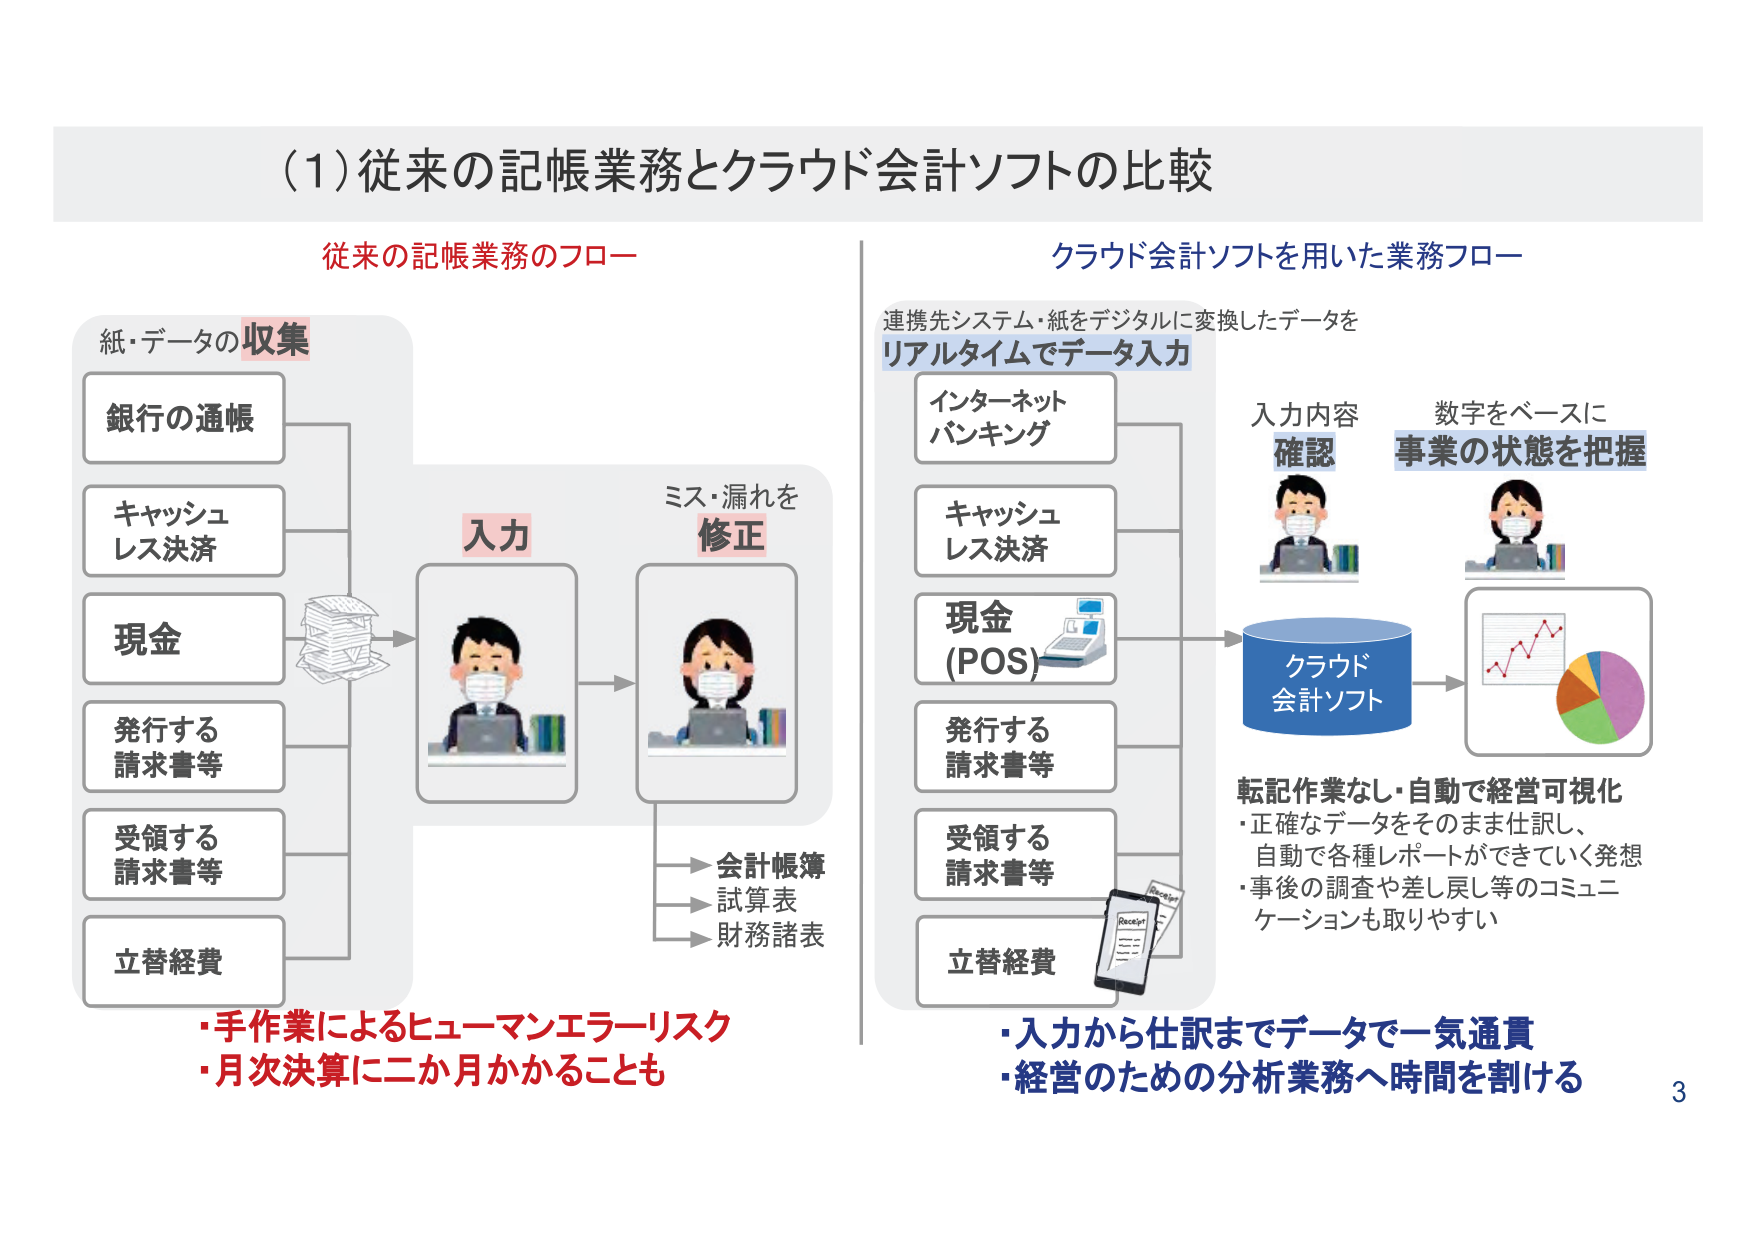
(1) 従来の記帳業務とクラウド会計ソフトの比較

従来の記帳業務のフロー

紙・データの収集
銀行の通帳
キャッシュレス決済
現金
発行する請求書等
受領する請求書等
立替経費

入力
ミス・漏れを修正

会計帳簿
試算表
財務諸表

・手作業によるヒューマンエラーリスク
・月次決算に二か月かかることも

クラウド会計ソフトを用いた業務フロー

連携先システム・紙をデジタルに変換したデータを
リアルタイムでデータ入力

インターネットバンキング
キャッシュレス決済
現金 (POS)
発行する請求書等
受領する請求書等
立替経費

入力内容確認
数字をベースに事業の状態を把握

クラウド会計ソフト

転記作業なし・自動で経営可視化
・正確なデータをそのまま仕訳し、
自動で各種レポートができていく発想
・事後の調査や差し戻し等のコミュニケーションも取りやすい

・入力から仕訳までデータで一気通貫
・経営のための分析業務へ時間を割ける

3